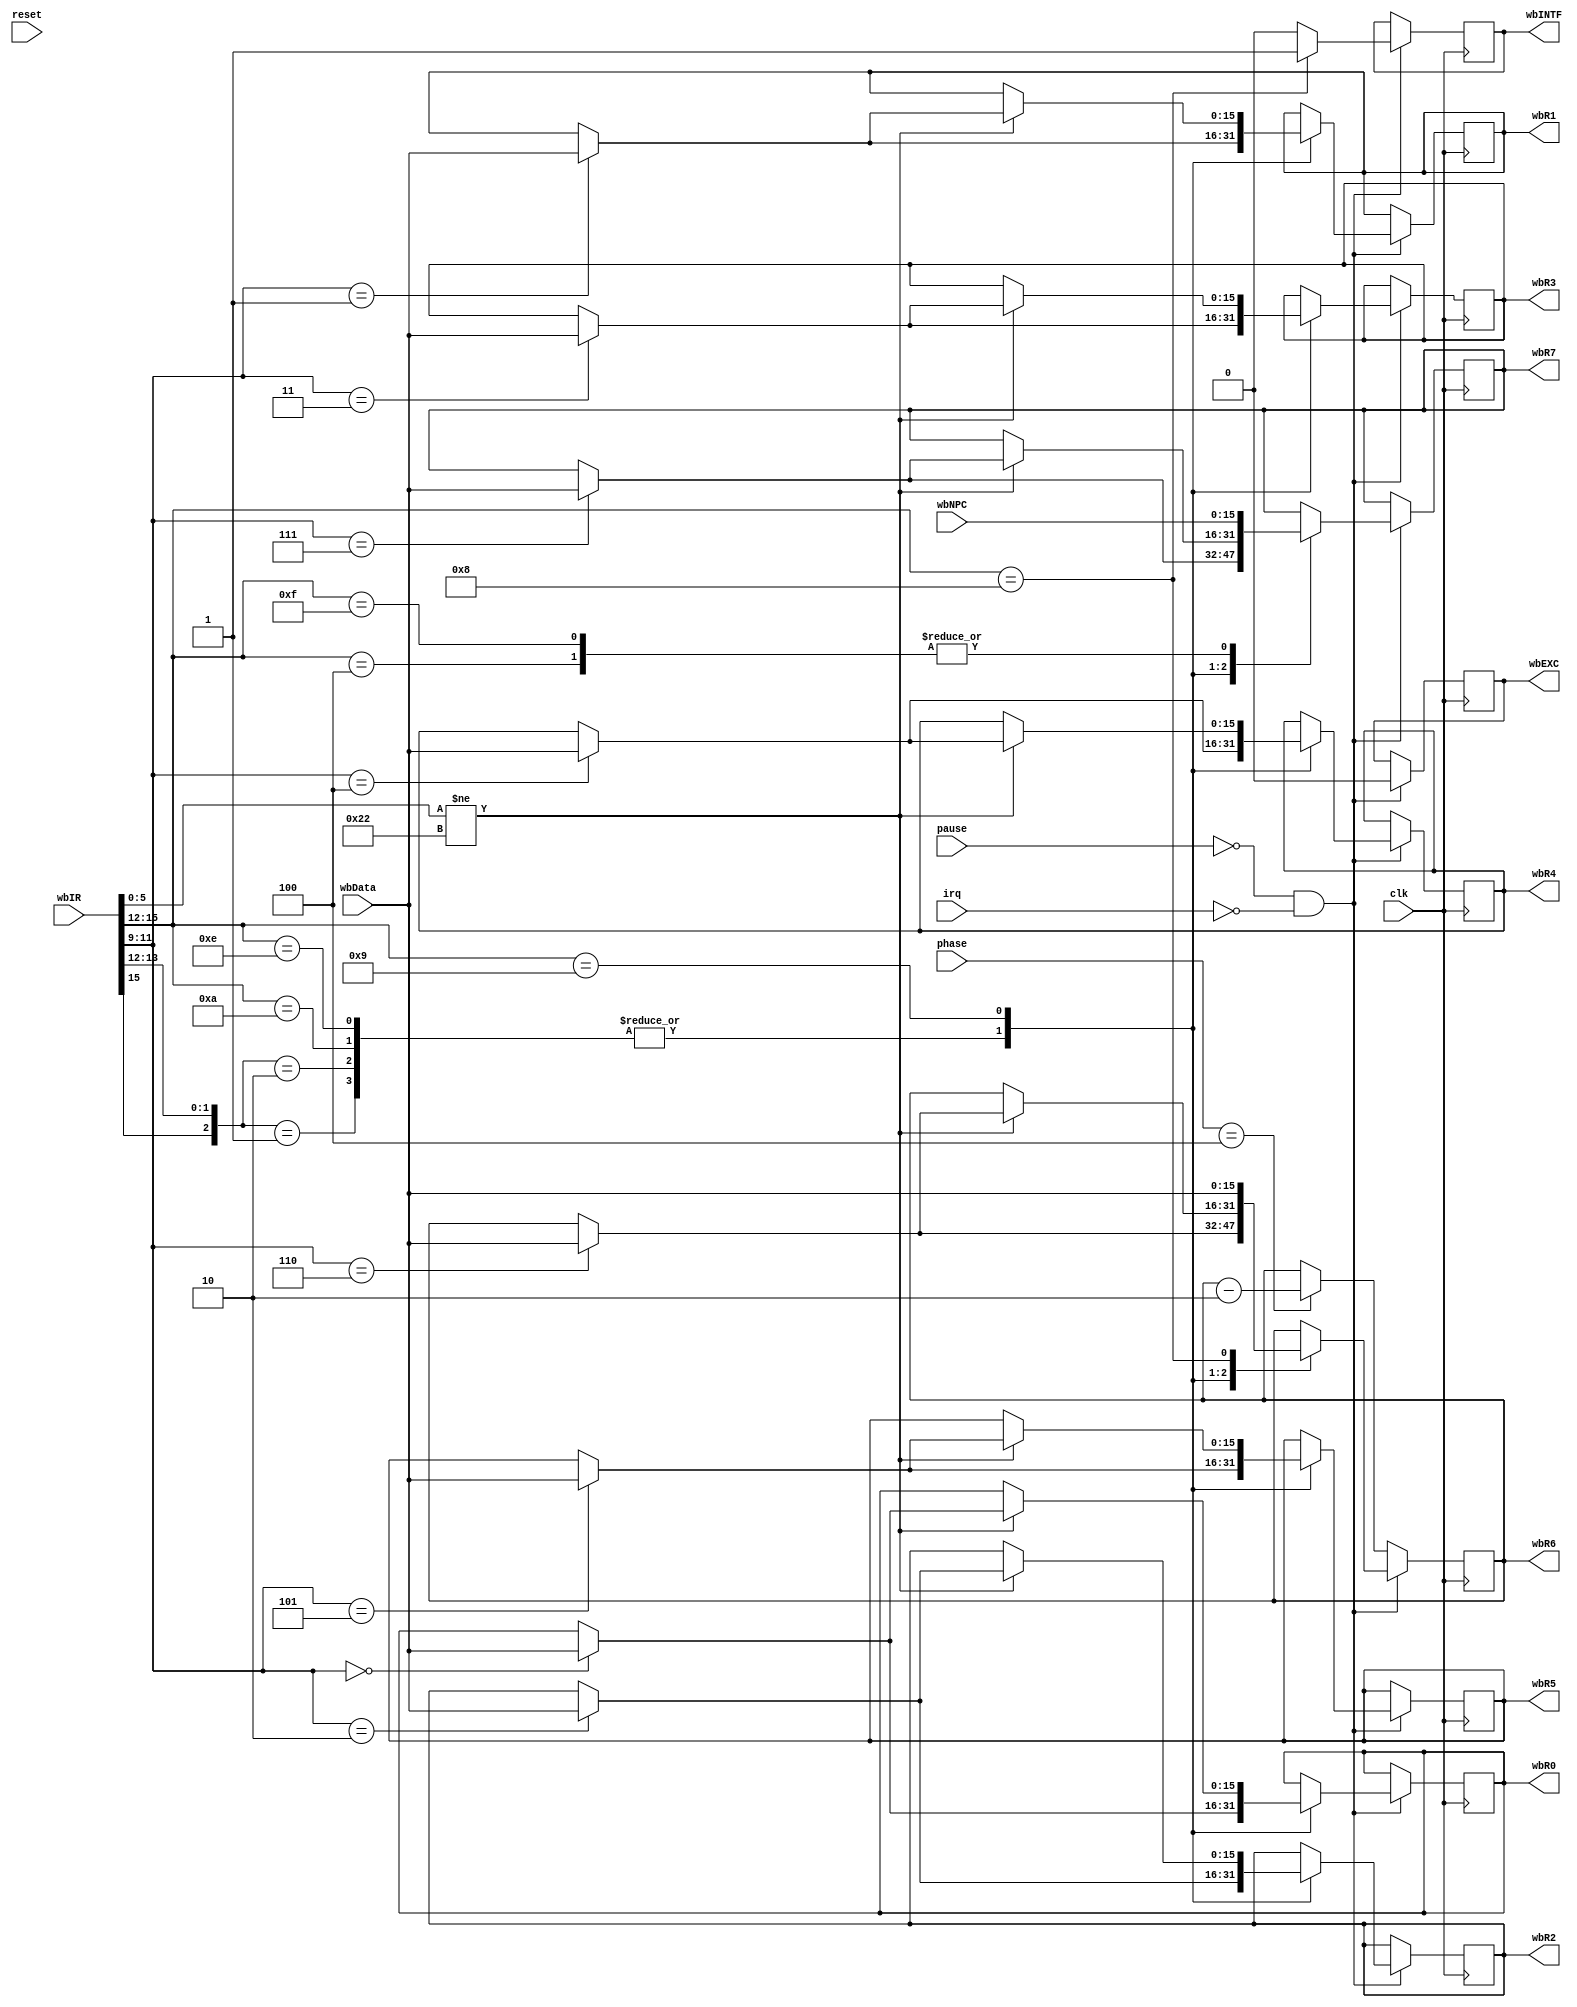
/*
 *   
 * PB10011041  
 */
module WB (reset, clk, irq, pause, wbIR, wbNPC, wbData, phase,
		   wbR0, wbR1, wbR2, wbR3, wbR4, wbR5, wbR6, wbR7,
		   wbINTF, wbEXC);
		
	input reset, clk, irq, pause;
	input [2:0] phase;
	input [15:0] wbIR, wbNPC;
	input [15:0] wbData;
	output [15:0] wbR0, wbR1, wbR2, wbR3, wbR4, wbR5, wbR6, wbR7;
	output wbINTF, wbEXC;
	
	reg [15:0] wbR0, wbR1, wbR2, wbR3, wbR4, wbR5, wbR6, wbR7;
	reg wbINTF, wbEXC;

	always@(posedge clk)
	begin
	if (pause == 1'b0 && irq == 1'b0)
	begin
		casex(wbIR[15:12])
			4'b0x01:		//ADD ADDI AND ANDI
			begin
				case(wbIR[11:9])
					3'b000: wbR0 <= wbData;
					3'b001: wbR1 <= wbData;
					3'b010: wbR2 <= wbData;
					3'b011: wbR3 <= wbData;
					3'b100: wbR4 <= wbData;
					3'b101: wbR5 <= wbData;
					3'b110: wbR6 <= wbData;
					3'b111: wbR7 <= wbData;
				endcase
				wbINTF <= 1'b0;
				wbEXC <= 1'b0;
			end
			4'b0100:	//JSR JSRR
			begin
				wbR7 <= wbNPC;
				wbINTF <= 1'b0;
				wbEXC <= 1'b0;
			end
			4'b0x10:	//LD LDR
			begin
				case(wbIR[11:9])
					3'b000: wbR0 <= wbData;
					3'b001: wbR1 <= wbData;
					3'b010: wbR2 <= wbData;
					3'b011: wbR3 <= wbData;
					3'b100: wbR4 <= wbData;
					3'b101: wbR5 <= wbData;
					3'b110: wbR6 <= wbData;
					3'b111: wbR7 <= wbData;
				endcase
				wbINTF <= 1'b0;
				wbEXC <= 1'b0;
			end
			4'b1010:	//LDI
			begin
				case(wbIR[11:9])
					3'b000: wbR0 <= wbData;
					3'b001: wbR1 <= wbData;
					3'b010: wbR2 <= wbData;
					3'b011: wbR3 <= wbData;
					3'b100: wbR4 <= wbData;
					3'b101: wbR5 <= wbData;
					3'b110: wbR6 <= wbData;
					3'b111: wbR7 <= wbData;
				endcase
				wbINTF <= 1'b0;
				wbEXC <= 1'b0;
			end
			4'b1110:	//LEA
			begin
				case(wbIR[11:9])
					3'b000: wbR0 <= wbData;
					3'b001: wbR1 <= wbData;
					3'b010: wbR2 <= wbData;
					3'b011: wbR3 <= wbData;
					3'b100: wbR4 <= wbData;
					3'b101: wbR5 <= wbData;
					3'b110: wbR6 <= wbData;
					3'b111: wbR7 <= wbData;
				endcase
				wbINTF <= 1'b0;
				wbEXC <= 1'b0;
			end
			4'b1001:	//NOT LS RS RSS DPS NOP
			begin
				if (wbIR[5:0] != 6'b100010)
				begin
					case(wbIR[11:9])
						3'b000: wbR0 <= wbData;
						3'b001: wbR1 <= wbData;
						3'b010: wbR2 <= wbData;
						3'b011: wbR3 <= wbData;
						3'b100: wbR4 <= wbData;
						3'b101: wbR5 <= wbData;
						3'b110: wbR6 <= wbData;
						3'b111: wbR7 <= wbData;
					endcase
					wbINTF <= 1'b0;
					wbEXC <= 1'b0;
				end
				else	//WPS
				begin
					wbINTF <= 1'b0;
					wbEXC <= 1'b0;
				end
			end
			4'b1000:	//RTI
			begin
				wbR6 <= wbData;
				wbINTF <= 1'b1;
				wbEXC <= 1'b0;
			end
			4'b1111:	//TRAP
			begin
				wbR7 <= wbNPC;
				wbINTF <= 1'b0;
				wbEXC <= 1'b0;
			end
			default:	//BR JMP RET ST STR STI
			begin
				wbINTF <= 1'b0;
				wbEXC <= 1'b0;
			end
		endcase
	end
	else if (phase == 3'b100)
		wbR6 <= wbR6 - 16'h2;
	end
endmodule